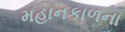
મહાનકાળના